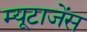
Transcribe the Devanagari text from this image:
म्यूटाजेंस